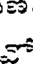
క్